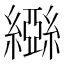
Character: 𬘃